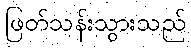
ဖြတ်သန်းသွားသည်